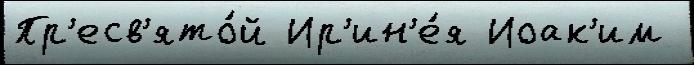
Пр'есв'ято́й Ир'ин'е́я Иоак'им